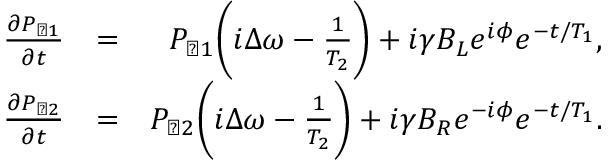
\begin{array} { r l r } { \frac { \partial P _ { \perp 1 } } { \partial t } } & { = } & { P _ { \perp 1 } \bigg ( i \Delta \omega - \frac { 1 } { T _ { 2 } } \bigg ) + i \gamma B _ { L } e ^ { i \phi } e ^ { - t / T _ { 1 } } , } \\ { \frac { \partial P _ { \perp 2 } } { \partial t } } & { = } & { P _ { \perp 2 } \bigg ( i \Delta \omega - \frac { 1 } { T _ { 2 } } \bigg ) + i \gamma B _ { R } e ^ { - i \phi } e ^ { - t / T _ { 1 } } . } \end{array}